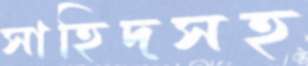
সাহিদসহ